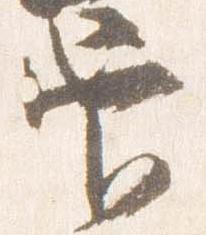
官